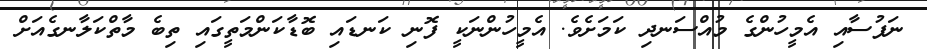
ނަފުސާއި އެމީހުންގެ މުއްސަނދި ކަމަށެވެ. އެމީހުންނަކީ ފޮނި ކަނޑައި ބޮޑާކަންމަތީގައި ތިބެ މާތްކަލާނގެއަށް